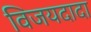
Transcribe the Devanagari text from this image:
विजयदादा